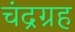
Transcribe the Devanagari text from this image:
चंद्रग्रह